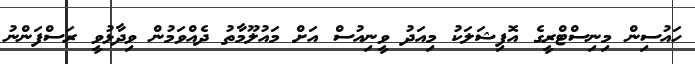
ހައުސިން މިނިސްޓްރީގެ އޮފިޝަލަކު މިއަދު ވީނިއުސް އަށް މައުލޫމާތު ދެއްވަމުން ވިދާޅުވީ ރަސްފަންނު